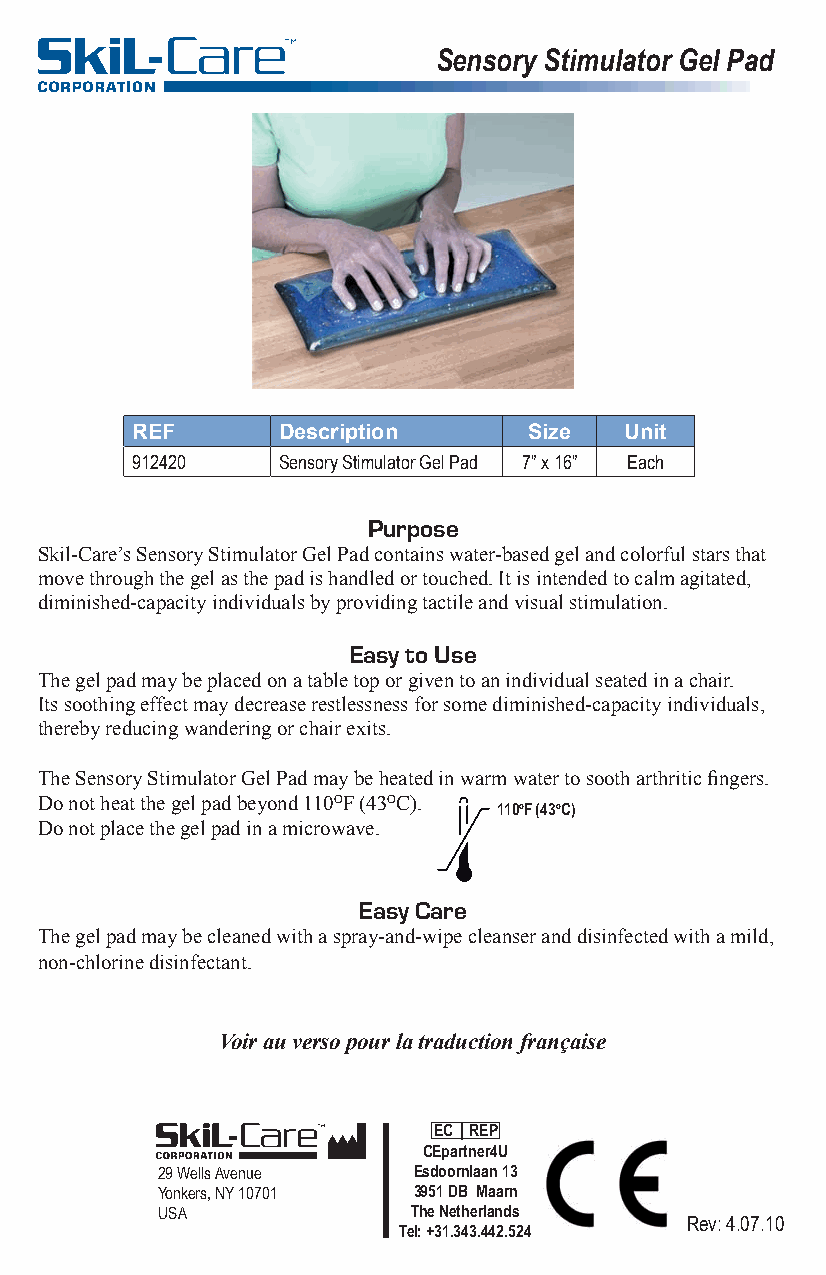
Sensory Stimulator Gel Pad
 REF      Description      Size  Unit
 912420   Sensory Stimulator Gel Pad 7” x 16” Each
 Purpose
 Skil-Care’s Sensory Stimulator Gel Pad contains water-based gel and colorful stars that
 move through the gel as the pad is handled or touched. It is intended to calm agitated,
 diminished-capacity individuals by providing tactile and visual stimulation.
 Easy to Use
 The gel pad may be placed on a table top or given to an individual seated in a chair.
 Its soothing effect may decrease restlessness for some diminished-capacity individuals,
 thereby reducing wandering or chair exits.
 The Sensory Stimulator Gel Pad may be heated in warm water to sooth arthritic fingers.
 Do not heat the gel pad beyond 110OF (43OC).
 1210o1F (500ooC)F (43oC)
 Do not place the gel pad in a microwave.
 Easy Care
 The gel pad may be cleaned with a spray-and-wipe cleanser and disinfected with a mild,
 non-chlorine disinfectant.
 Voir au verso pour la traduction française
 EC REP
 CEpartner4U
 29 Wells Avenue  Esdoornlaan 13
 Yonkers, NY 10701 3951 DB Maarn
 USA              The Netherlands
 Rev: 4.07.10
 Tel: +31.343.442.524